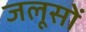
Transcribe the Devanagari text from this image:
जलूसों